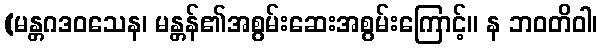
(မန္တဂဒဝသေန၊ မန္တန်၏အစွမ်းဆေးအစွမ်းကြောင့်။ န ဘဝတိဝါ၊